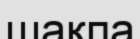
шақпа